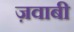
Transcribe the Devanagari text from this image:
ज़वाबी